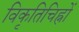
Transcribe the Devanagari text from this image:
विकृतिचिह्नों